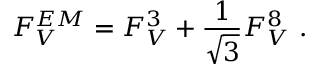
F _ { V } ^ { E M } = F _ { V } ^ { 3 } + { \frac { 1 } { \sqrt { 3 } } } F _ { V } ^ { 8 } \ .